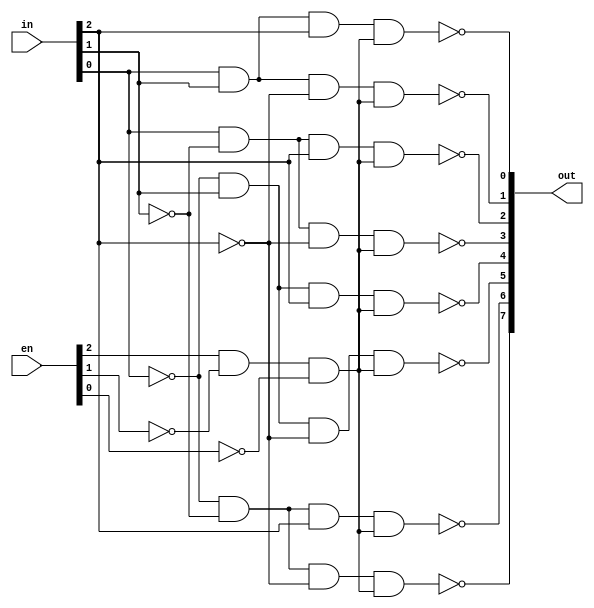
module decoders38(in, out, en);
	input [0:2]in;
	input [0:2]en;
	output [0:7]out;
	wire enableWire;
	
	and
	andGateEnable(enableWire, en[0], ~en[1], ~en[2]);
	
	nand 
	nandGate0(out[0], ~in[2], ~in[1], ~in[0], enableWire),
	nandGate1(out[1], ~in[2], ~in[1], in[0], enableWire),
	nandGate2(out[2], ~in[2], in[1], ~in[0], enableWire),
	nandGate3(out[3], ~in[2], in[1], in[0], enableWire),
	nandGate4(out[4], in[2], ~in[1], ~in[0], enableWire),
	nandGate5(out[5], in[2], ~in[1], in[0], enableWire),
	nandGate6(out[6], in[2], in[1], ~in[0], enableWire),
	nandGate7(out[7], in[2], in[1], in[0], enableWire);
endmodule